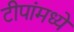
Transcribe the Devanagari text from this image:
टीपांमध्ये